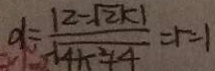
d = \frac { \vert 2 - \sqrt { 2 } k \vert } { \sqrt { 4 k ^ { 2 } + 4 } } = 5 - 1